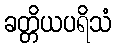
ခတ္တိယပရိသံ